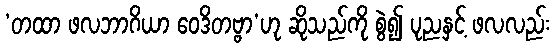
‘တထာ ဖလဘာဂိယာ ဝေဒိတဗ္ဗာ’ဟု ဆိုသည်ကို စွဲ၍ ပုညနှင့် ဖလလည်း